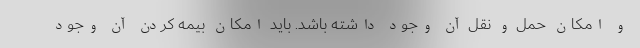
و امکان حمل و نقل آن وجود داشته باشد. باید امکان بیمه کردن آن وجود